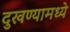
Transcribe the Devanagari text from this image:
दुखण्यामध्ये